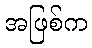
အဖြစ်က